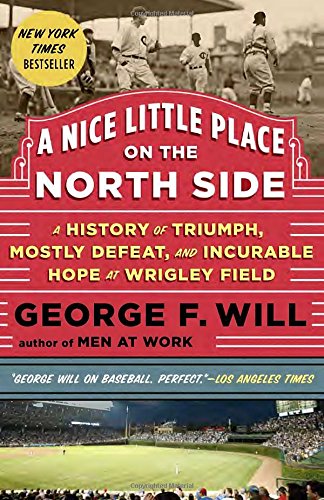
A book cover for A Nice Little Place on the North Side: A History of Triumph, Mostly Defeat, and Incurable Hope at Wrigley Field; George Will; Biographies & Memoirs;